Supplement to the account of plague administration in the Bombay Presidency from September 1896 till May 1897
Year: 1896
Disease focus: Plague
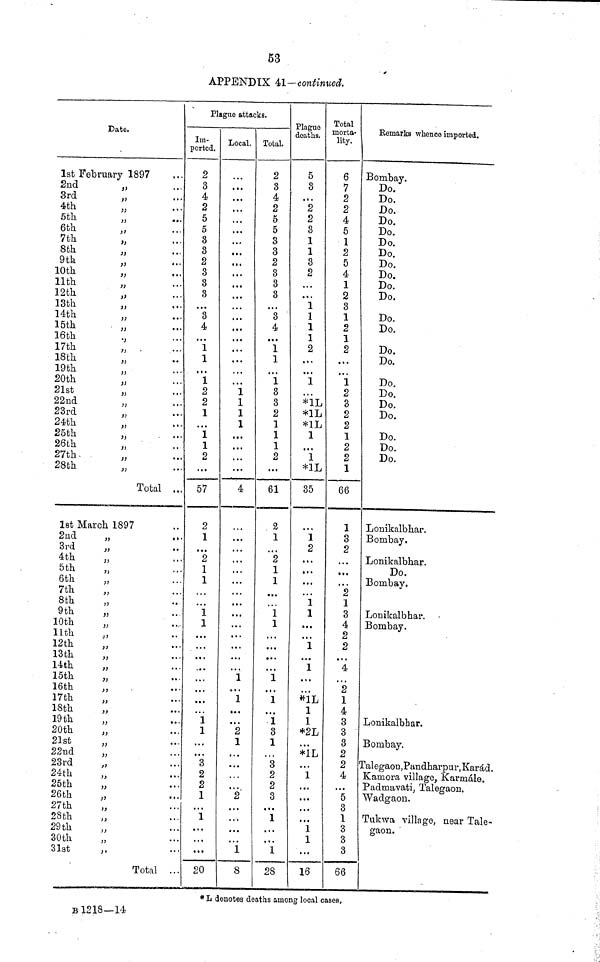
53
APPENDIX 41— continued.
Date.
1st February 1897
2nd
3rd
4th
5th
6th
7th
8th
9th
10th
11th
12th
13th
14th
15th
16th
17th
18th
19th
20th
21st
22nd
23rd
24th
25th
26th
27th
28th
,,
,,
,,
,,
,,
,,
,,
,,
,,
,,
,,
,,
,,
,,
,,
,,
,,
,,
,,
,,
,,
,,
,,
,,
,,
,,
,,
•••
•••
•••
• • •
•••
•••
•••
•••
•••
•••
•••
•••
•••
•••
•••
•••
•••
•••
•••
•••
•••
•••
•••
•••
•••
•••
...
...
Total ...
1st March 1897
2nd
3rd
4th
5th
6th
7th
8th
9th
10th
11th
12th
13th
14th
15th
16th
17th
18th
19 th
20th
21st
22nd
23rd
24th
25th
26th.
27th
28th
29th
30th
31st
,,
,,
,,
,,
,,
,,
,,
,,
,,
,,
,,
,,
,,
,,
,,
,,
,,
,,
,,
,,
,,
,,
,,
,,
,,
,,
,,
,,
,,
,,
Total
•••
•••
•••
•••
•••
•••
•••
•••
•••
•••
•••
•••
•••
•••
•••
•••
•••
•••
•••
•••
•••
•••
•••
•••
•••
•••
•••
•••
•••
•••
•••
•••
Plague attacks.
Im-
ported.
2
3
4
2
5
5
3
3
2
3
3
3
•••
3
4
•••
1
1
•••
1
2
2
1
•••
•••
1
2
•••
57
2
1
•••
2
1
1
•••
•••
1
1
...
•••
•••
•••
•••
•••
•••
•••
•••
1
•••
•••
3
2
2
1
•••
1
•••
•••
•••
20
Local.
•••
•••
•••
...
•••
•••
•••
•••
•••
•••
•••
•••
•••
•••
•••
•••
•••
•••
•••
•••
1
1
1
1
•••
•••
•••
•••
4
•••
•••
•••
•••
•••
•••
•••
•••
•••
•••
•••
•••
•••
•••
1
•••
1
•••
•••
2
1
•••
•••
•••
•••
2
•••
•••
•••
...
1
8
Total.
2
3
4
2
5
5
3
3
2
3
3
3
•••
3
4
•••
1
1
•••
1
3
3
2
1
1
1
2
•••
61
2
1
•••
2
1
1
•••
•••
1
1
•••
•••
•••
•••
1
•••
1
•••
1
3
1
•••
3
2
2
3
•••
1
•••
•••
1
28
Plague
deaths.
5
3
•••
2
2
3
1
1
3
2
•••
•••
1
1
1
1
2
•••
•••
1
•••
*1L
*1L
*1L
1
•••
1
*1L
85
•••
1
2
•••
•••
•••
•••
1
1
•••
•••
1
•••
1
•••
•••
*1L
1
1
*2L
•••
*1L
•••
1
•••
•••
•••
•••
1
1
•••
16
Total
morta-
lity.
6
7
2
2
4
5
1
2
5
4
1
2
3
1
2
1
2
•••
•••
1
2
3
2
2
1
2
2
1
66
1
3
2
•••
•••
•••
2
1
3
4
2
2
•••
4
•••
2
1
4
3
3
3
2
2
4
•••
5
3
1
3
3
3
66
Remarks whence imported.
Bombay.
Do.
Do.
Do.
Do.
Do.
Do.
Do.
Do.
Do.
Do.
Do.
Do.
Do.
Do.
Do.
Do.
Do.
Do.
Do.
Do.
Do.
Do.
Lonikalbhar.
Bombay.
Lonikalbhar.
Do.
Bombay.
Lonikalbhar.
Bombay.
Lonikalbhar.
Bombay.
Talegaon,Pandharpnr, Karád.
Kamora village, Karmále.
Padmavati, Talegaon.
Wadgaon.
Tukwa village, near Tale-
gaon.
# L denotes deaths among local cases,
B 1218 –14